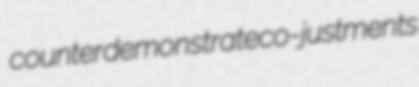
counterdemonstrate co- justments